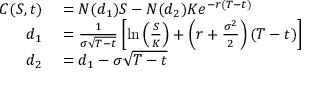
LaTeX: \begin{array} { r l } { C ( S , t ) } & { { } = N ( d _ { 1 } ) S - N ( d _ { 2 } ) K e ^ { - r ( T - t ) } } \\ { d _ { 1 } } & { { } = { \frac { 1 } { \sigma { \sqrt { T - t } } } } \left[ \ln \left( { \frac { S } { K } } \right) + \left( r + { \frac { \sigma ^ { 2 } } { 2 } } \right) ( T - t ) \right] } \\ { d _ { 2 } } & { { } = d _ { 1 } - \sigma { \sqrt { T - t } } } \end{array}